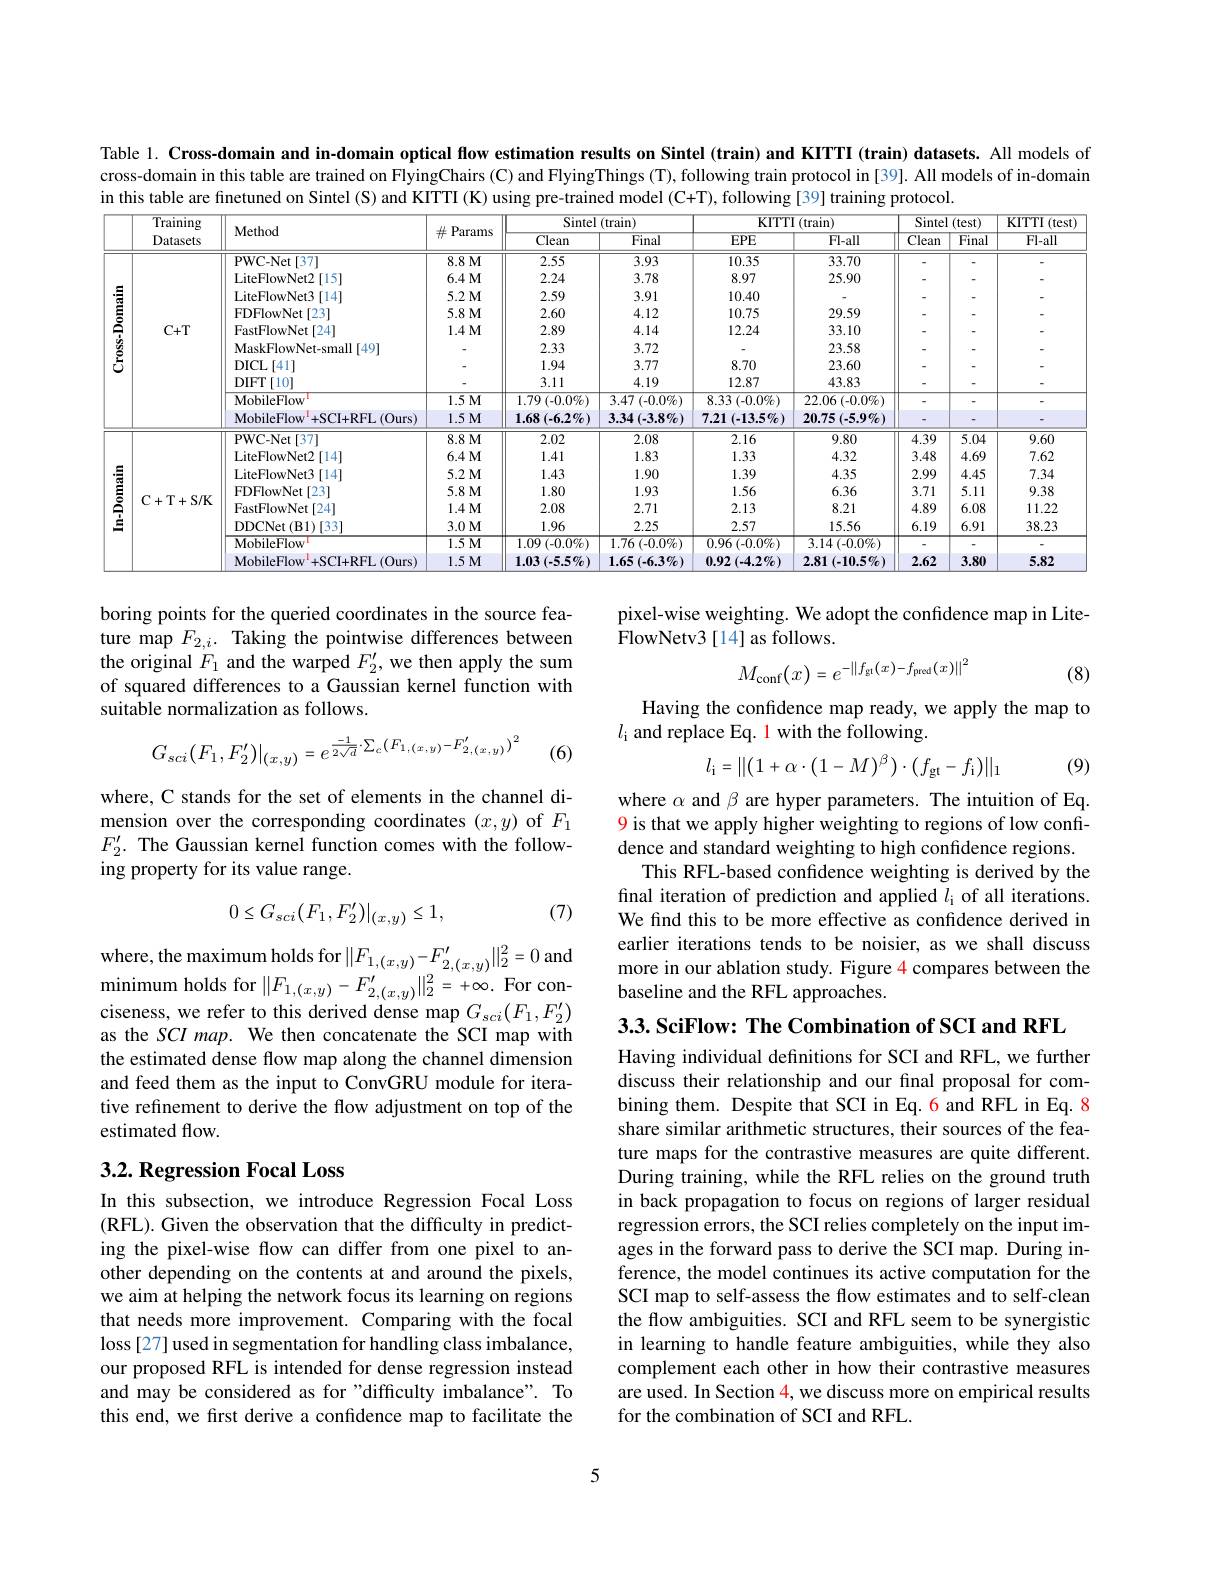
Table 1. Cross-domain and in-domain optical flow estimation results on Sintel (train) and KITTI (train) datasets. All models of cross-domain in this table are trained on FlyingChairs (C) and FlyingThings (T), following train protocol in [39]. All models of in-domain in this table are finetuned on Sintel (S) and KITTI (K) using pre-trained model (C+T), following [39] training protocol.

<table>
	<tbody>
		<tr>
			<th> </th>
			<th rowspan="2">$\overline{\text{Training}}$ Datasets</th>
			<th rowspan="2">Method</th>
			<th> </th>
			<th colspan="2">Sintel (train)</th>
			<th colspan="2">${\mathrm{KITTI~(train)}}$</th>
			<th colspan="2">Sintel (test)</th>
			<th rowspan="2">$\mathbf{KITTI}$ $I(test)$ $Fl-all$</th>
		</tr>
		<tr>
			<th> </th>
			<th>Pardms</th>
			<th>$\overline{\text{Clean}}$</th>
			<th>$\overline{\text{Final}}$</th>
			<th>$EPE$</th>
			<th>$\overline{\text{Fl-all}}$</th>
			<th>$\overline{\text{Clean}}$</th>
			<th>$\overline{\text{Final}}$</th>
		</tr>
		<tr>
			<td rowspan="10">$\mathbf{Cross-Domain}$</td>
			<td rowspan="10">$C+T$</td>
			<td>PWC-Net[37]</td>
			<td>$8.8M$</td>
			<td>2.55</td>
			<td>3.93</td>
			<td>10.35</td>
			<td>33.70</td>
			<td> </td>
			<td> </td>
			<td> </td>
		</tr>
		<tr>
			<td>LiteFlowNet2[15]</td>
			<td>$6.4M$</td>
			<td>2.24</td>
			<td>3.78</td>
			<td>8.97</td>
			<td>25.90</td>
			<td> </td>
			<td> </td>
			<td> </td>
		</tr>
		<tr>
			<td>LiteFlowNet3 3[14]</td>
			<td>$5.2M$</td>
			<td>2.59</td>
			<td>3.91</td>
			<td>10.40</td>
			<td> </td>
			<td> </td>
			<td> </td>
			<td> </td>
		</tr>
		<tr>
			<td>FDFlowNet[23]</td>
			<td>$5.8M$</td>
			<td>2.60</td>
			<td>4.12</td>
			<td>10.75</td>
			<td>29.59</td>
			<td> </td>
			<td> </td>
			<td> </td>
		</tr>
		<tr>
			<td>FastFlowNet[ 24] </td>
			<td>$1.4M$</td>
			<td>2.89</td>
			<td>4.14</td>
			<td>12.24</td>
			<td>33.10</td>
			<td> </td>
			<td> </td>
			<td> </td>
		</tr>
		<tr>
			<td>MaskFlowNet-small 1 [49]</td>
			<td> </td>
			<td>2.33</td>
			<td>3.72</td>
			<td> </td>
			<td>23.58</td>
			<td> </td>
			<td> </td>
			<td> </td>
		</tr>
		<tr>
			<td>DICL$\left [ 41\right ]$</td>
			<td> </td>
			<td>1.94</td>
			<td>3.77</td>
			<td>8.70</td>
			<td>23.60</td>
			<td> </td>
			<td> </td>
			<td> </td>
		</tr>
		<tr>
			<td>DIFT$\left [ 10\right ]$</td>
			<td> </td>
			<td>3.11</td>
			<td>4.19</td>
			<td>12.87</td>
			<td>43.83</td>
			<td> </td>
			<td> </td>
			<td> </td>
		</tr>
		<tr>
			<td>MobileFlow</td>
			<td>$1.5M$</td>
			<td>$1.79\left(-0.0\%\right)$</td>
			<td>$3.47\left(-0.0\%\right)$</td>
			<td>8.33 $( - 0. 0\% )$</td>
			<td>22.06 $( - 0. 0\% )$</td>
			<td> </td>
			<td> </td>
			<td> </td>
		</tr>
		<tr>
			<td>$\mathrm{MobileFlow}^{1}+$SCI+ RFL(Ours)</td>
			<td>$1.5M$</td>
			<td>$.68(-6.2\%)$</td>
			<td>$3.34\left(-3.8\%\right)$</td>
			<td>7.21 $(-13.5\%)$ 1</td>
			<td>$20.75\left(-5.9\%\right)$</td>
			<td> </td>
			<td> </td>
			<td> </td>
		</tr>
		<tr>
			<td rowspan="8">In-Domain</td>
			<td rowspan="8">$\mathbf{C}+\mathbf{T}+\mathbf{S}/\mathbf{K}$</td>
			<td>PWC-Net[37]</td>
			<td>8.8M</td>
			<td>2.02</td>
			<td>2.08</td>
			<td>2.16</td>
			<td>9.80</td>
			<td>4.39</td>
			<td>5.04</td>
			<td>9.60</td>
		</tr>
		<tr>
			<td>LiteFlowNet2[14]</td>
			<td>$6.4M$</td>
			<td>1.41</td>
			<td>1.83</td>
			<td>1.33</td>
			<td>4.32</td>
			<td>3.48</td>
			<td>4.69</td>
			<td>7.62</td>
		</tr>
		<tr>
			<td>LiteFlowNet3 3[14]</td>
			<td>5.2 $M$</td>
			<td>1.43</td>
			<td>1.90</td>
			<td>1.39</td>
			<td>4.35</td>
			<td>2.99</td>
			<td>4.45</td>
			<td>7.34</td>
		</tr>
		<tr>
			<td>FDFlowNet[23]</td>
			<td>$5.8M$</td>
			<td>1.80</td>
			<td>1.93</td>
			<td>1.56</td>
			<td>6.36</td>
			<td>3.71</td>
			<td>5.11</td>
			<td>9.38</td>
		</tr>
		<tr>
			<td>FastFlowNet[ 24] </td>
			<td>$1.4M$</td>
			<td>2.08</td>
			<td>2.71</td>
			<td>2.13</td>
			<td>8.21</td>
			<td>4.89</td>
			<td>6.08</td>
			<td>11.22</td>
		</tr>
		<tr>
			<td>DDCNet ( B1) [ 33] </td>
			<td>$3.0M$</td>
			<td>1.96</td>
			<td>2.25</td>
			<td>2.57</td>
			<td>15.56</td>
			<td>6.19</td>
			<td>6.91</td>
			<td>38.23</td>
		</tr>
		<tr>
			<td>MobileFlow</td>
			<td>$\overline{1.5M}$</td>
			<td>$\boxed{.09\left(-0.0\%\right)}$</td>
			<td>$1.76\left(-0.0\%\right)$</td>
			<td>$0.96\left(-0.0\%\right)$</td>
			<td>$3.14\left(-0.0\%\right)$</td>
			<td> </td>
			<td> </td>
			<td> </td>
		</tr>
		<tr>
			<td>$\mathrm{MobileFlow}^{1}+$SCI+ RFL(Ours)</td>
			<td>$1.5M$</td>
			<td>$.03\left(-5.5\%\right)$</td>
			<td>$1.65(-6.3\%)$</td>
			<td>$0.92\left(-4.2\%\right)$</td>
			<td>$2.81\left(-10.5\%\right)$</td>
			<td>2.62</td>
			<td>3.80</td>
			<td>5.82</td>
		</tr>
	</tbody>
</table>

pixel-wise weighting. We adopt the confidence map in Lite-
FlowNetv3[14] as follows.

boring points for the queried coordinates in the source feature map $F_{2,i}.$ Taking the pointwise differences between the original $F_1$ and the warped $F_2^{\prime}$, we then apply the sum of squared differences to a Gaussian kernel function with suitable normalization as follows.
$$M_{\mathrm{conf}}(x)=e^{-\left\|f_{\mathrm{gt}}(x)-f_{\mathrm{pred}}(x)\right\|^{2}}$$
(8)

Having the confdence map ready, we apply the map to
$l_{\mathrm{i}}$ and replace Eq. 1 with the following.
$$G_{sci}(F_{1},F_{2}^{\prime})|_{(x,y)}=e^{\frac{-1}{2\sqrt{d}}\cdot\sum_{c}(F_{1,(x,y)}-F_{2,(x,y)}^{\prime})^{2}}$$
(6)
$$l_\mathrm{i}=\|\bigl(1+\alpha\cdot\bigl(1-M\bigr)^\beta\bigr)\cdot\bigl(f_\mathrm{gt}-f_\mathrm{i}\bigr)\|_1$$
(9)

where, C stands for the set of elements in the channel dimension over the corresponding coordinates $(x,y)$ of $F_1$ $F_{2}^{\prime}.$ The Gaussian kernel function comes with the following property for its value range.

where $\alpha$ and $\beta$ are hyper parameters. The intuition of Eq. 9 is that we apply higher weighting to regions of low confidence and standard weighting to high confidence regions.
This RFL-based confidence weighting is derived by the final iteration of prediction and applied $l_\mathrm{i}$ of all iterations. We find this to be more effective as confidence derived in earlier iterations tends to be noisier, as we shall discuss more in our ablation study. Figure 4 compares between the baseline and the RFL approaches.

(7)
$$0\leq G_{sci}(F_1,F_2')|_{(x,y)}\leq1,$$
3.3. SciFlow: The Combination of SCI and RFL

where, the maximum holds for$\| F_{1, ( x, y) }- F_{2, ( x, y) }^{\prime }\| _{2}^{2}= 0$ and $\mathrm{T} ^{\prime }= 0$ and $\operatorname*{minimum}$holds for$\|F_{1,(x,y)}-F_{2,(x,y)}^{\prime}\|_{2}^{2}=+\infty.$For conciseness, we refer to this derived dense map $G_{sci}(F_{1},F_{2}^{\prime})$ as the SCI map. We then concatenate the SCI map with the estimated dense flow map along the channel dimension and feed them as the input to ConvGRU module for iterative refinement to derive the flow adjustment on top of the estimated flow.

## 3.2. Regression Focal Loss

Having individual definitions for SCI and RFL, we further discuss their relationship and our final proposal for combining them. Despite that SCI in Eq. 6 and RFL in Eq. 8 share similar arithmetic structures, their sources of the feature maps for the contrastive measures are quite different. During training, while the RFL relies on the ground truth in back propagation to focus on regions of larger residual regression errors, the SCI relies completely on the input images in the forward pass to derive the SCI map. During inference, the model continues its active computation for the SCI map to self-assess the flow estimates and to self-clean the flow ambiguities. SCI and RFL seem to be synergistic in learning to handle feature ambiguities, while they also complement each other in how their contrastive measures are used. In Section 4, we discuss more on empirical results for the combination of SCI and RFL.

In this subsection, we introduce Regression Focal Loss (RFL). Given the observation that the difficulty in predicting the pixel-wise flow can differ from one pixel to another depending on the contents at and around the pixels, we aim at helping the network focus its learning on regions that needs more improvement. Comparing with the focal loss [27] used in segmentation for handling class imbalance, our proposed RFL is intended for dense regression instead and may be considered as for"difficulty imbalance". To this end, we first derive a confidence map to facilitate the

5